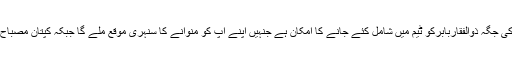
قومی ٹیم اسپنر سعید اجمل کی غیر موجودگی میں میدان میں اترے گی اور ان کی جگہ ذوالفقاربابرکو ٹیم میں شامل کئے جانے کا امکان ہے جنہیں اپنے آپ کو منوانے کا سنہری موقع ملے گا جبکہ کپتان مصباح الحق کا کہنا ہے کہ سعید اجمل کی کمی کو شدت سے محسوس کیا جائے گا ۔